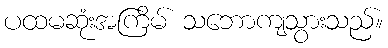
ပထမဆုံးအကြိမ် သဘောကျသွားသည်။